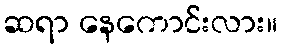
ဆရာ နေကောင်းလား။